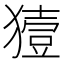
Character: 𤡬